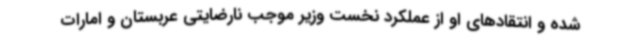
شده و انتقادهای او از عملکرد نخست وزیر موجب نارضایتی عربستان و امارات